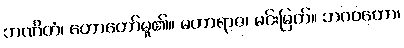
ဘဏိတံ၊ ဟောတော်မူ၏။ မဟာရာဇ၊ မင်းမြတ်။ ဘဂဝတော၊